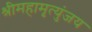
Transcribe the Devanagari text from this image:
श्रीमहामृत्युंजय